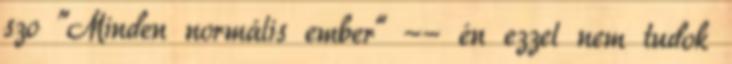
szo "Minden normális ember" -- én ezzel nem tudok